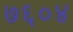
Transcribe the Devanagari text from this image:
७६०४